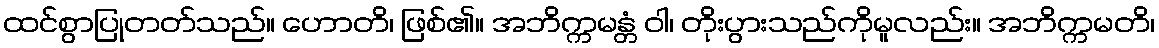
ထင်စွာပြုတတ်သည်။ ဟောတိ၊ ဖြစ်၏။ အဘိက္ကမန္တံ ဝါ၊ တိုးပွားသည်ကိုမူလည်း။ အဘိက္ကမတိ၊